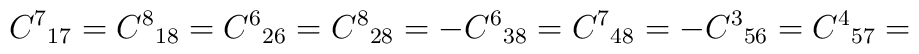
{C^7}_{17}={C^8}_{18}={C^6}_{26}={C^8}_{28}=-{C^6}_{38}={C^7}_{48}=-{C^3}_{56}={C^4}_{57}=